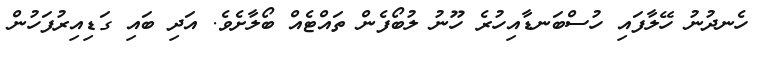
ހެނދުނު ހޭލާފައި ހުސްބަނޑާއިހުރެ ހޫނު ލުބޯފެން ތައްޓެއް ބޯލާށެވެ. އަދި ބައި ގަޑިއިރުފަހުން